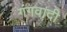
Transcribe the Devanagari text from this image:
गंगवादी